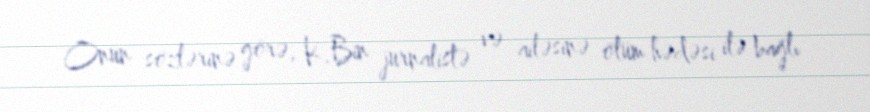
Onun sözlərinə görə, K.Bin jurnalistə və ailəsinə ölüm hədəsi ilə bağlı